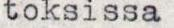
toksissa